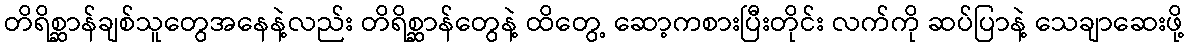
တိရိစ္ဆာန်ချစ်သူတွေအနေနဲ့လည်း တိရိစ္ဆာန်တွေနဲ့ ထိတွေ့ ဆော့ကစားပြီးတိုင်း လက်ကို ဆပ်ပြာနဲ့ သေချာဆေးဖို့